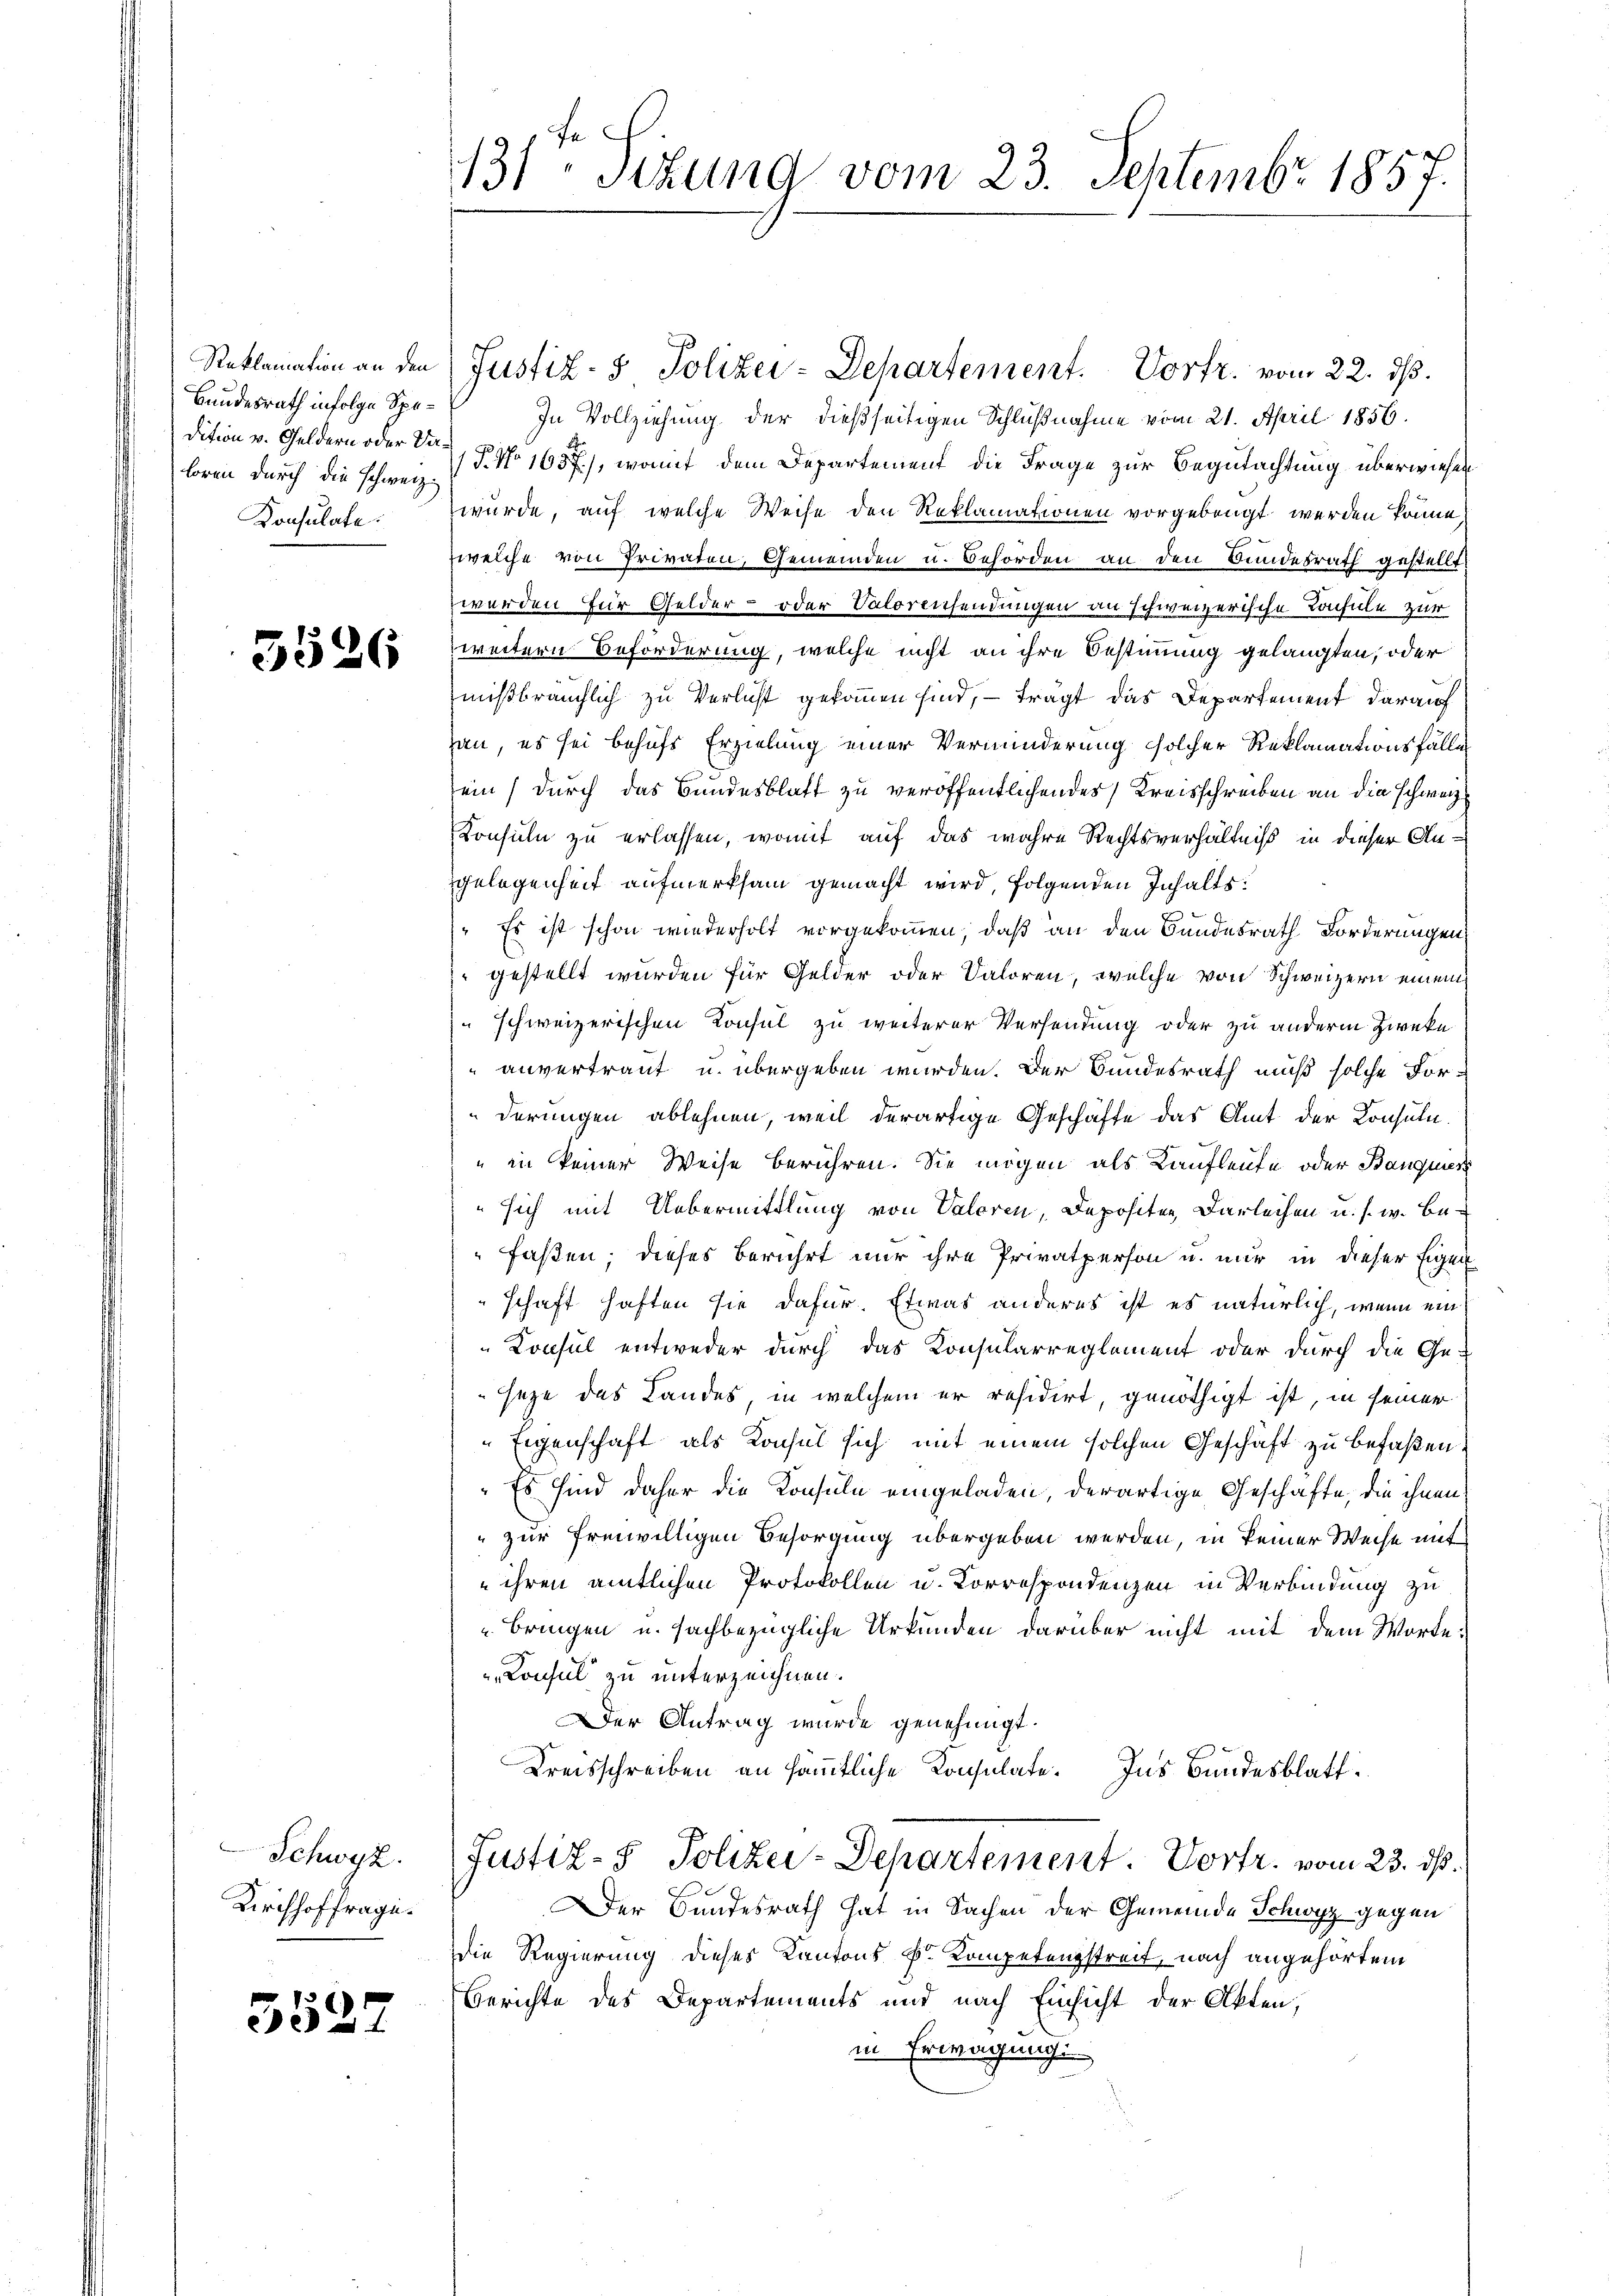
Bundesrath infolge Spedition v. Geldern oder Da¬
Konsulate.

352.

3526

Schwyz.
Kirchhoffrage.

131. Sitzung vom 23. Septembr 1857.

Roklamation an den Justiz- & Polizei-Departement. Vorfr. vom 22. ds.
In Vollziehung der dießseitigen Schlußnahme vom 21. April 1856.
loren durch die schweiz. P. No. 1657), womit dem Departement die Frage zur Begutachtung überwiesen
wurde, auf welche Weise den Reklamationen vorgebeügt werden könne,
welche von Privaten, Gemeinden u. Behörden an den Bundesrath gestellt
werden für Gelder- oder Valorensendungen an schweizerische Konsule zur
weitern Beförderung, welche nicht an ihre Bestimmung gelangten, oder
mißbräuchlich zu Verlicht gekommen sind, – trägt das Departement darauf
han, es sei behufs Erzielung einer Verminderung solcher Reklamationsfällen
ein) durch das Bundesblatt zu veröffentlichendes Kreisschreiben an die schweiz
Konsuln zu erlassen, womit auf das wahre Rechtsverhältniß in dieser Angelegenheit aufmerksam gemacht wird, folgenden Inhalts:
" Es ist schon wiederholt vorgekommen, daß an den Bundesrath Forderungen,
 gestellt wurden für Gelder oder Saloren, welche von Schweizern einem
" schweizerischen Konsul zu weiterer Versendung oder zu anderm Zweke
unvertraut u. übergeben werden. Der Bundesrath muß solche For-
derungen ablehnen, weil derartige Geschäfte das Amt der Konsula
" in keiner Weise berühren. Sie mögen als Kaufleute oder Banquis
sich mit Uebermittlung von Valoren, Depositen Darleihen u. s. w. befaßen; dieses berührt nur ihre Privatperson u. nur in dieser Eigen
schaft haften sie dafür. Etwas anderes ist es natürlich, wenn ein
Konsul entweder durch das Konsularreglement oder durch die Ge-
seze das Landes, in welchem er residirt, genöthigt ist, in seiner
Eigenschaft als Konsul sich mit einem solchen Geschäft zu befaßen,
" Es sind daher die Konsule eingeladen, derartige Geschäfte, die ihnen
" zur freiwilligen Besorgung übergeben werden, in keiner Weise mit
 ihren amtlichen Protokollen u. Korrespondenzen in Verbindung zu
bringen u. sachbezügliche Urkunden darüber nicht mit dem Worte.
Consul zu unterzeichnen.
Der Antrag wurde genehmigt.
Kreisschreiben an sämmtliche Konsulate. Ins Bundesblatt
Justiz- & Polizei-Departement. Vortr. vom 23. ds.
Der Bundesrath hat in Sachen der Gemeinde Schwyz gegen
die Regierung dieses Kantons k. Kompetenzstreit, nach angehörtem
Berichte des Departements und nach Einsicht der Akten,
in Erwägung